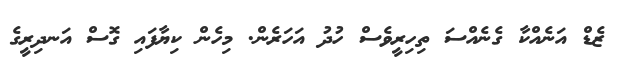
ޒެޑް އަނެއްކާ ގެނެއްސަ ތިހިރީވެސް ހުދު އަހަރެން. މިހެން ކިޔާފައި ގޮސް އަނދިރީގެ